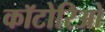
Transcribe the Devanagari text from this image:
कॉटोरिओ